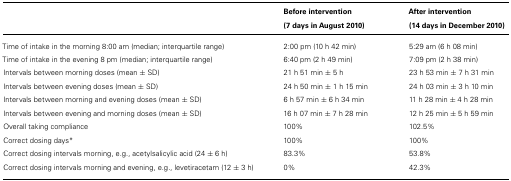
|  | Before intervention (7 days in August 2010) | After intervention (14 days in December 2010) |
 | --- | --- | --- |
 | Time of intake in the morning 8:00 am (median; interquartile range) | 2:00 pm (10 h 42 min) | 5:29 am (6 h 08 min) |
 | Time of intake in the evening 8 pm (median; interquartile range) | 6:40 pm (2 h 49 min) | 7:09 pm (2 h 38 min) |
 | Intervals between morning doses (mean ± SD) | 21 h 51 min ± 5 h | 23 h 53 min ± 7 h 31 min |
 | Intervals between evening doses (mean ± SD) | 24 h 50 min ± 1 h 15 min | 24 h 03 min ± 3 h 10 min |
 | Intervals between morning and evening doses (mean ± SD) | 6 h 57 min ± 6 h 34 min | 11 h 28 min ± 4 h 28 min |
 | Intervals between evening and morning doses (mean ± SD) | 16 h 07 min ± 7 h 28 min | 12 h 25 min ± 5 h 59 min |
 | Overall taking compliance | 100% | 102.5 |
 | Correct dosing days* | 100% | 100% |
 | Correct dosing intervals morning, e.g., acetylsalicylic acid (24 ± 6 h) | 83.3% | 53.8% |
 | Correct dosing intervals morning and evening, e.g., levetiracetam (12 ± 3 h) | 0% | 42.3% |